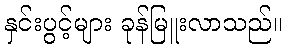
နှင်းပွင့်များ ခုန်မြူးလာသည်။